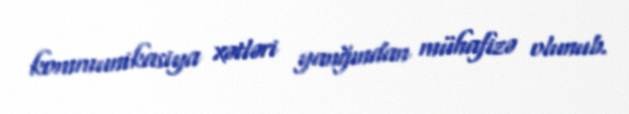
kommunikasiya xətləri yanğından mühafizə olunub.